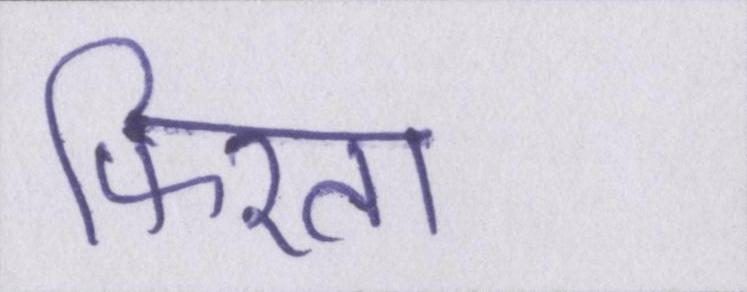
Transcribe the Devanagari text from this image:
फिरता